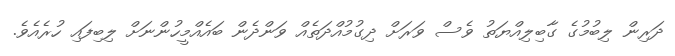
ދަރިން ލިބުމުގެ ގާބިލިއްޔަތު ވެސް ވަރަށް ދިގުމުއްދަތެއް ވަންދެން ބައެއްމީހުންނަށް ލިބިފައި ހުރެއެވެ.